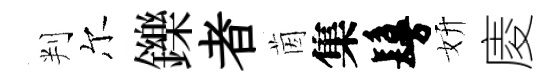
判尔鑠者茵集鬘妍庱